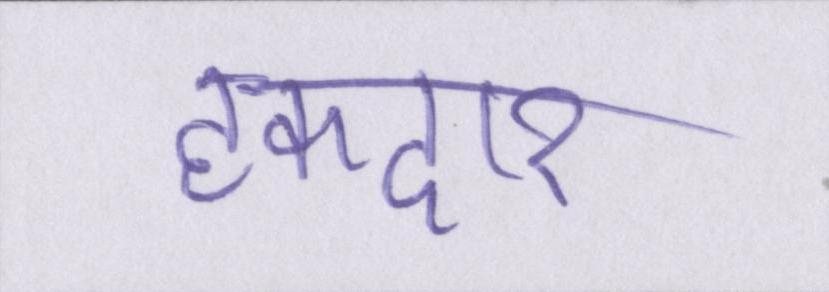
हकदार